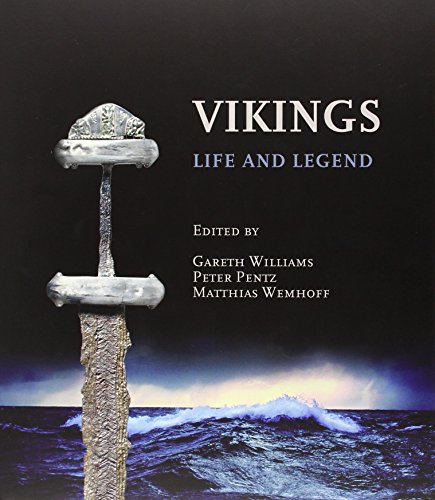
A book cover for Vikings: Life and Legend; History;